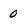
Character: 0